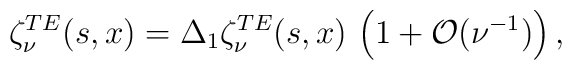
\zeta_{\nu}^{TE}(s,x) = \Delta_1 \zeta_{\nu}^{TE}(s,x) \,  \left(1+ {\cal O}(\nu^{-1}) \right),